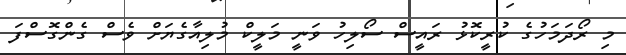
މި ރޯދަމަހުގެ ކުރީކޮޅު ރައީސް ސޯލިހު ވަނީ މަލީކް މުލިއާގެޔަށް ވެސް ގެންގޮސްފަ